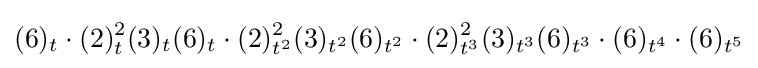
(6)_{t}\cdot (2)_{t}^{2}(3)_{t}(6)_{t}\cdot (2)_{t^{2}}^{2}(3)_{t^{2}}(6)_{t^{2}}\cdot (2)_{t^{3}}^{2}(3)_{t^{3}}(6)_{t^{3}}\cdot (6)_{t^{4}}\cdot (6)_{t^{5}}